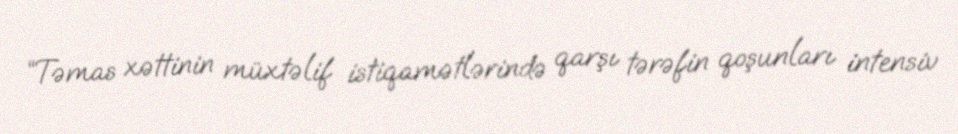
“Təmas xəttinin müxtəlif istiqamətlərində qarşı tərəfin qoşunları intensiv